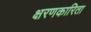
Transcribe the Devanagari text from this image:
क्षरणकारिता